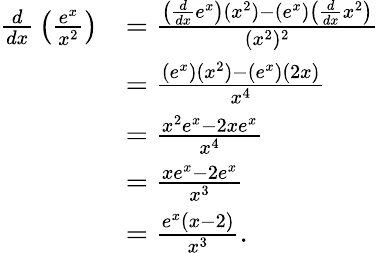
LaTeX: {\begin{array}{rl}{{\frac{d}{dx}}\left({\frac{e^{x}}{x^{2}}}\right)}&{={\frac{\left({\frac{d}{dx}}e^{x}\right)(x^{2})-(e^{x})\left({\frac{d}{dx}}x^{2}\right)}{(x^{2})^{2}}}}\\ &{={\frac{(e^{x})(x^{2})-(e^{x})(2x)}{x^{4}}}}\\ &{={\frac{x^{2}e^{x}-2xe^{x}}{x^{4}}}}\\ &{={\frac{xe^{x}-2e^{x}}{x^{3}}}}\\ &{={\frac{e^{x}(x-2)}{x^{3}}}.}\end{array}}